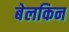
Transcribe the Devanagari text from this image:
बेलकिन